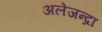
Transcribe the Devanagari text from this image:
अलेजन्द्रा